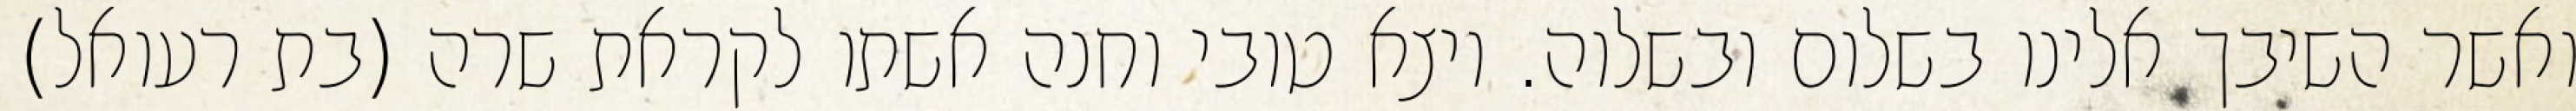
ואשר השיבך אלינו בשלום ובשלוה. ויצא טובי וחנה אשתו לקראת שרה (בת רעואל)